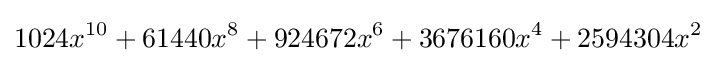
1024x^{10}+61440x^{8}+924672x^{6}+3676160x^{4}+2594304x^{2}